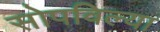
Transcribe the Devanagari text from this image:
सोपविल्या